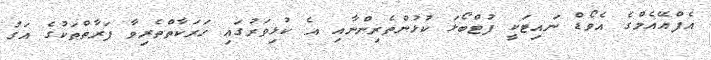
އެފްއޭޭއެމްގެ އެވޯޑް ނައިޓަކީ ފުޓްބޯޅަ ކުޅުންތެރިންނާއި އެ ކުޅިވަރުގައި ހަރަކާތްތެރިވާ ފަރާތްތަކުގެ އަގު